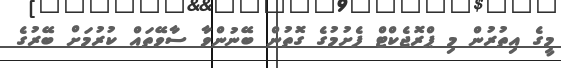
މީގެ އިތުރުން މި ޕްރޮޖެކްޓް ފެށުމުގެ ގޮތުން ބޭނުންވާ ސާވޭތައް ކުރުމަށް ބޭރުގެ